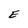
Character: E